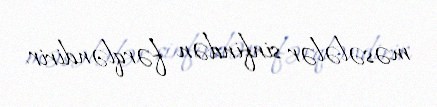
məsələlər sinfindən fərqləndirir.